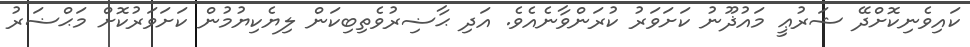
ކައިވެނިކޮށްދޭ ޝަރުޢީ މައުޛޫނު ކަށަވަރު ކުރަންވާނެއެވެ. އަދި ޙާޟިރުވެތިބިކަން ލިޔެކިޔުމުން ކަށަވަރުކޮށް މަޙްޟަރު